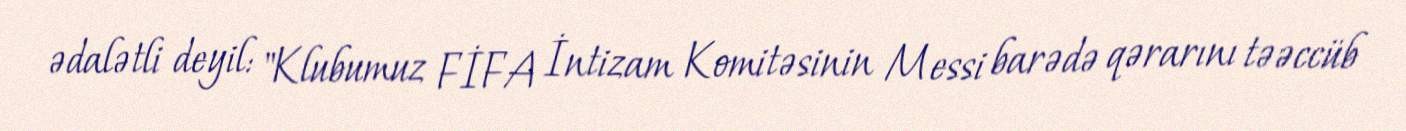
ədalətli deyil: "Klubumuz FİFA İntizam Komitəsinin Messi barədə qərarını təəccüb